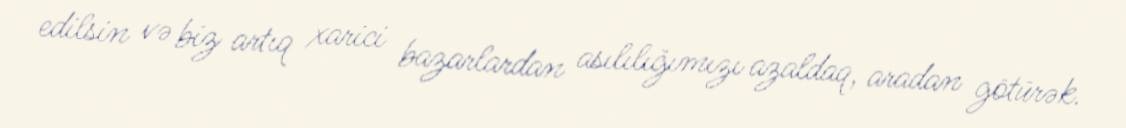
edilsin və biz artıq xarici bazarlardan asılılığımızı azaldaq, aradan götürək.